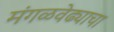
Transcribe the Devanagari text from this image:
मंगळवेढ्याचा